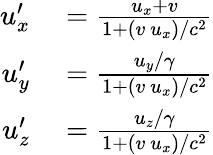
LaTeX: \begin{array}{rl}{u_{x}^{\prime}}&{{}={\frac{u_{x}+v}{1+(v\ u_{x})/c^{2}}}}\\ {u_{y}^{\prime}}&{{}={\frac{u_{y}/\gamma}{1+(v\ u_{x})/c^{2}}}}\\ {u_{z}^{\prime}}&{{}={\frac{u_{z}/\gamma}{1+(v\ u_{x})/c^{2}}}}\end{array}